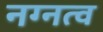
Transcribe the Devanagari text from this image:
नग्नत्व